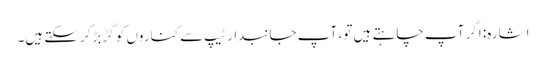
اشارہ: اگر آپ چاہتے ہیں تو ، آپ جانبدار ٹیپ سے کناروں کو گڑبڑ کرسکتے ہیں۔